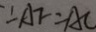
\because A F = A C